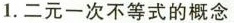
1.二元一次不等式的概念